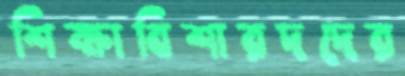
শিক্ষাবিশারদদের